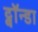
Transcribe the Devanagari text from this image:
ट्वॉन्डा